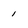
Character: 1